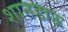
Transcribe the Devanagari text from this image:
शानडाऊ